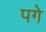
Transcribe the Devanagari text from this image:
पगे